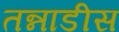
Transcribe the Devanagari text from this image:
तन्नाडीस